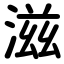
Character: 滋